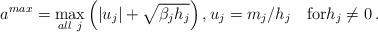
LaTeX: \begin{align*}a^{max}=\max\limits_{all~j}\left(|u_j|+\sqrt{\beta_{j}h_j}\right),u_j=m_j/h_j\quad\hbox{for}h_j\neq 0\,.\end{align*}